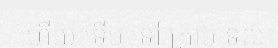
ហើយ ទើប ទៅ ក្រាប ទូល